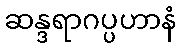
ဆန္ဒရာဂပ္ပဟာနံ